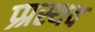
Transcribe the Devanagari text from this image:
प्र्प्रस्थव